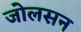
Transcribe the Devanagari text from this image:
जोलसन